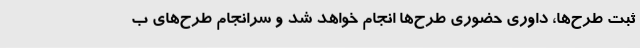
ثبت طرح‌ها، داوری حضوری طرح‌ها انجام خواهد شد و سرانجام طرح‌های ب